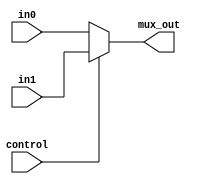
// N-bit 2-to-1 mux
// input: 2 N-bit input
// output: 1 N-bit output
// control: 1 bit
// possible value of N in single cycle: 5, 6, 32
module mux_N_bit (in0, in1, mux_out, control);
	parameter N = 32;
	input [N-1:0] in0, in1;
	output [N-1:0] mux_out;
	input control;
	assign mux_out=control?in1:in0;
endmodule